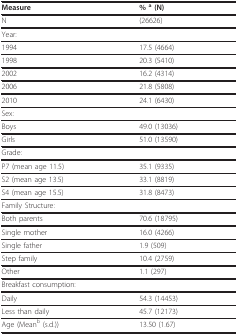
| Measure | % a (N) |
 | --- | --- |
 | N | (26626) |
 | Year: |  |
 | 1994 | 17.5 (4664) |
 | 1998 | 20.3 (5410) |
 | 2002 | 16.2 (4314) |
 | 2006 | 21.8 (5808) |
 | 2010 | 24.1 (6430) |
 | Sex: |  |
 | Boys | 49.0 (13036) |
 | Girls | 51.0 (13590) |
 | Grade: |  |
 | P7 (mean age 11.5) | 35.1 (9335) |
 | S2 (mean age 13.5) | 33.1 (8819) |
 | S4 (mean age 15.5) | 31.8 (8473) |
 | Family Structure: |  |
 | Both parents | 70.6 (18795) |
 | Single mother | 16.0 (4266) |
 | Single father | 1.9 (509) |
 | Step family | 10.4 (2759) |
 | Other | 1.1 (297) |
 | Breakfast consumption: |  |
 | Daily | 54.3 (14453) |
 | Less than daily | 45.7 (12173) |
 | Age (Meanb (s.d.)) | 13.50 (1.67) |